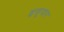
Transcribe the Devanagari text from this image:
इसुयार